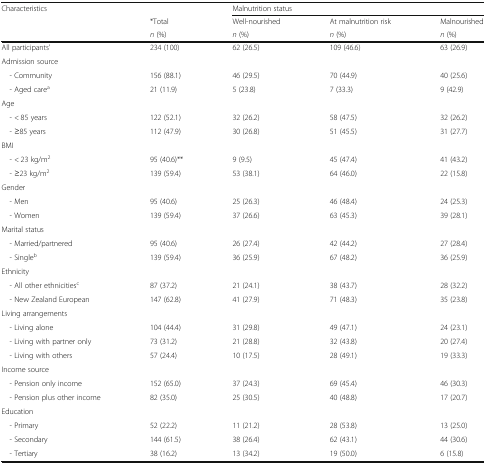
<table><thead><tr><td rowspan="3"><b>Characteristics</b></td><td></td><td colspan="3"><b>Malnutrition status</b></td></tr><tr><td><b>*Total</b></td><td><b>Well-nourished</b></td><td><b>At malnutrition risk</b></td><td><b>Malnourished</b></td></tr><tr><td><b><i>n</i> (%)</b></td><td><b><i>n</i> (%)</b></td><td><b><i>n</i> (%)</b></td><td><b><i>n</i> (%)</b></td></tr></thead><tbody><tr><td>All participants’</td><td>234 (100)</td><td>62 (26.5)</td><td>109 (46.6)</td><td>63 (26.9)</td></tr><tr><td colspan="5">Admission source</td></tr><tr><td> - Community</td><td>156 (88.1)</td><td>46 (29.5)</td><td>70 (44.9)</td><td>40 (25.6)</td></tr><tr><td> - Aged care<sup>a</sup></td><td>21 (11.9)</td><td>5 (23.8)</td><td>7 (33.3)</td><td>9 (42.9)</td></tr><tr><td colspan="5">Age</td></tr><tr><td> - &lt; 85 years</td><td>122 (52.1)</td><td>32 (26.2)</td><td>58 (47.5)</td><td>32 (26.2)</td></tr><tr><td> - ≥85 years</td><td>112 (47.9)</td><td>30 (26.8)</td><td>51 (45.5)</td><td>31 (27.7)</td></tr><tr><td colspan="5">BMI</td></tr><tr><td> - &lt; 23 kg/m<sup>2</sup></td><td>95 (40.6)**</td><td>9 (9.5)</td><td>45 (47.4)</td><td>41 (43.2)</td></tr><tr><td> - ≥23 kg/m<sup>2</sup></td><td>139 (59.4)</td><td>53 (38.1)</td><td>64 (46.0)</td><td>22 (15.8)</td></tr><tr><td colspan="5">Gender</td></tr><tr><td> - Men</td><td>95 (40.6)</td><td>25 (26.3)</td><td>46 (48.4)</td><td>24 (25.3)</td></tr><tr><td> - Women</td><td>139 (59.4)</td><td>37 (26.6)</td><td>63 (45.3)</td><td>39 (28.1)</td></tr><tr><td colspan="5">Marital status</td></tr><tr><td> - Married/partnered</td><td>95 (40.6)</td><td>26 (27.4)</td><td>42 (44.2)</td><td>27 (28.4)</td></tr><tr><td> - Single<sup>b</sup></td><td>139 (59.4)</td><td>36 (25.9)</td><td>67 (48.2)</td><td>36 (25.9)</td></tr><tr><td colspan="5">Ethnicity</td></tr><tr><td> - All other ethnicities<sup>c</sup></td><td>87 (37.2)</td><td>21 (24.1)</td><td>38 (43.7)</td><td>28 (32.2)</td></tr><tr><td> - New Zealand European</td><td>147 (62.8)</td><td>41 (27.9)</td><td>71 (48.3)</td><td>35 (23.8)</td></tr><tr><td colspan="5">Living arrangements</td></tr><tr><td> - Living alone</td><td>104 (44.4)</td><td>31 (29.8)</td><td>49 (47.1)</td><td>24 (23.1)</td></tr><tr><td> - Living with partner only</td><td>73 (31.2)</td><td>21 (28.8)</td><td>32 (43.8)</td><td>20 (27.4)</td></tr><tr><td> - Living with others</td><td>57 (24.4)</td><td>10 (17.5)</td><td>28 (49.1)</td><td>19 (33.3)</td></tr><tr><td colspan="5">Income source</td></tr><tr><td> - Pension only income</td><td>152 (65.0)</td><td>37 (24.3)</td><td>69 (45.4)</td><td>46 (30.3)</td></tr><tr><td> - Pension plus other income</td><td>82 (35.0)</td><td>25 (30.5)</td><td>40 (48.8)</td><td>17 (20.7)</td></tr><tr><td colspan="5">Education</td></tr><tr><td> - Primary</td><td>52 (22.2)</td><td>11 (21.2)</td><td>28 (53.8)</td><td>13 (25.0)</td></tr><tr><td> - Secondary</td><td>144 (61.5)</td><td>38 (26.4)</td><td>62 (43.1)</td><td>44 (30.6)</td></tr><tr><td> - Tertiary</td><td>38 (16.2)</td><td>13 (34.2)</td><td>19 (50.0)</td><td>6 (15.8)</td></tr></tbody></table>